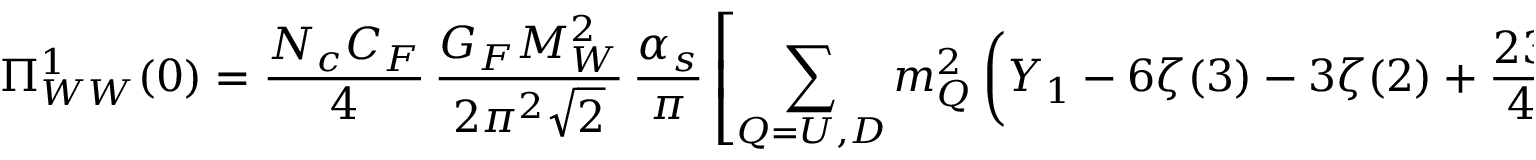
\Pi _ { W W } ^ { 1 } ( 0 ) = { \frac { N _ { c } C _ { F } } { 4 } } \, { \frac { G _ { F } M _ { W } ^ { 2 } } { 2 \pi ^ { 2 } \sqrt 2 } } \, { \frac { \alpha _ { s } } { \pi } } \left[ \sum _ { Q = U , D } m _ { Q } ^ { 2 } \left( Y _ { 1 } - 6 \zeta ( 3 ) - 3 \zeta ( 2 ) + { \frac { 2 3 } { 4 } } \right) + F \left( m _ { U } ^ { 2 } , m _ { D } ^ { 2 } \right) \right] ,